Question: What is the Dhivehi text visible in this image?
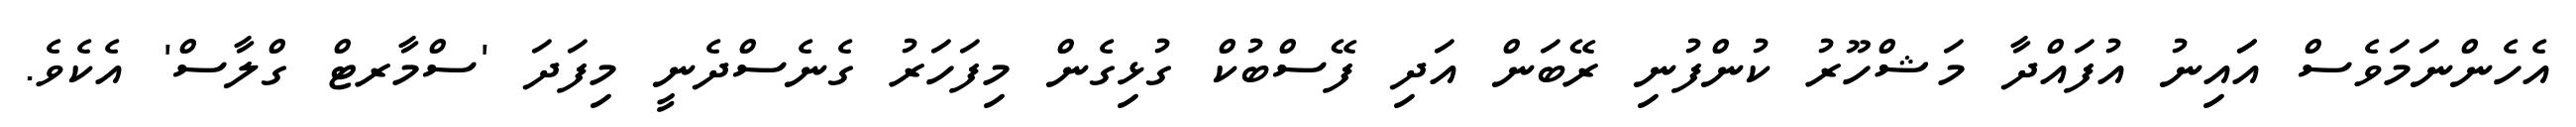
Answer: އެހެންނަމަވެސް އަައިނު އުފައްދާ މަޝްހޫރު ކުންފުނި ރޭބަން އަދި ފޭސްބުކް ގުޅިގެން މިފަހަރު ގެނެސްދެނީ މިފަދަ 'ސްމާރޓް ގްލާސް' އެކެވެ.